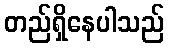
တည်ရှိနေပါသည်